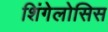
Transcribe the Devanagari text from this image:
शिंगेलोसिस